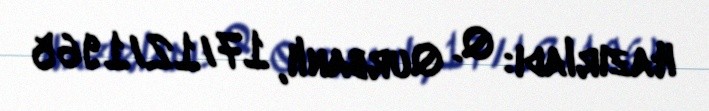
Hazırladı: Q. Qurbanlı, 17/12/1965